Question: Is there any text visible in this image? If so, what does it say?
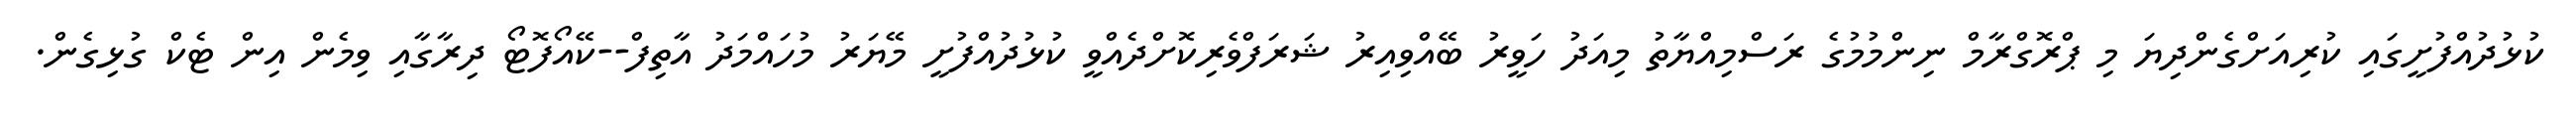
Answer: ކުޅުދުއްފުށީގައި ކުރިއަށްގެންދިޔަ މި ޕްރޮގްރާމް ނިންމުމުގެ ރަސްމިއްޔާތު މިއަދު ހަވީރު ބޭއްވިއިރު ޝަރަފްވެރިކޮށްދެއްވީ ކުޅުދުއްފުށީ މޭޔަރު މުހައްމަދު އާތިފް--ކޭއޯފޮޓޯ ދިރާގާއި ވިމެން އިން ޓެކް ގުޅިގެން.